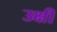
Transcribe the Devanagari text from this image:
उक्षी